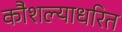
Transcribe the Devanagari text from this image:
कौशल्याधरित